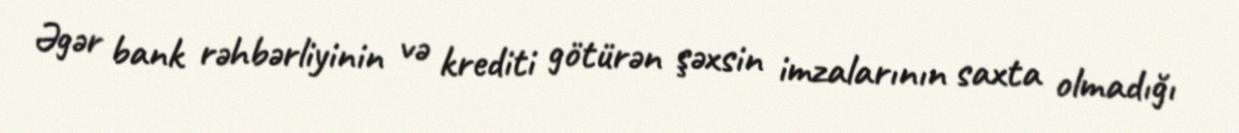
Əgər bank rəhbərliyinin və krediti götürən şəxsin imzalarının saxta olmadığı